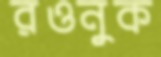
রওনুক